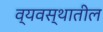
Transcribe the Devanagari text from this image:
व्यवस्थातील